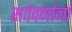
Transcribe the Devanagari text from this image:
सर्ववर्णानां